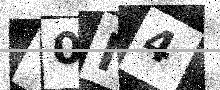
Text: Y0N4